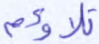
تلاؤم